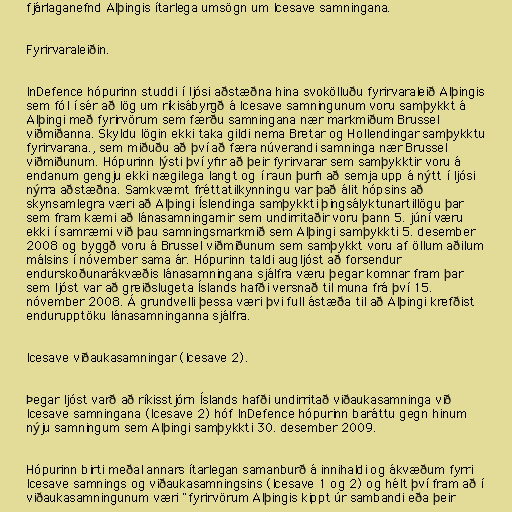
fjárlaganefnd Alþingis ítarlega umsögn um Icesave samningana.

Fyrirvaraleiðin.

InDefence hópurinn studdi í ljósi aðstæðna hina svokölluðu fyrirvaraleið Alþingis
sem fól í sér að lög um ríkisábyrgð á Icesave samningunum voru samþykkt á
Alþingi með fyrirvörum sem færðu samningana nær markmiðum Brussel
viðmiðanna. Skyldu lögin ekki taka gildi nema Bretar og Hollendingar samþykktu
fyrirvarana., sem miðuðu að því að færa núverandi samninga nær Brussel
viðmiðunum. Hópurinn lýsti því yfir að þeir fyrirvarar sem samþykktir voru á
endanum gengju ekki nægilega langt og í raun þurfi að semja upp á nýtt í ljósi
nýrra aðstæðna. Samkvæmt fréttatilkynningu var það álit hópsins að
skynsamlegra væri að Alþingi Íslendinga samþykkti þingsályktunartillögu þar
sem fram kæmi að lánasamningarnir sem undirritaðir voru þann 5. júní væru
ekki í samræmi við þau samningsmarkmið sem Alþingi samþykkti 5. desember
2008 og byggð voru á Brussel viðmiðunum sem samþykkt voru af öllum aðilum
málsins í nóvember sama ár. Hópurinn taldi augljóst að forsendur
endurskoðunarákvæðis lánasamningana sjálfra væru þegar komnar fram þar
sem ljóst var að greiðslugeta Íslands hafði versnað til muna frá því 15.
nóvember 2008. Á grundvelli þessa væri þvi full ástæða til að Alþingi krefðist
endurupptöku lánasamninganna sjálfra.

Icesave viðaukasamningar (Icesave 2).

Þegar ljóst varð að ríkisstjórn Íslands hafði undirritað viðaukasamninga við
Icesave samningana (Icesave 2) hóf InDefence hópurinn baráttu gegn hinum
nýju samningum sem Alþingi samþykkti 30. desember 2009.

Hópurinn birti meðal annars ítarlegan samanburð á innihaldi og ákvæðum fyrri
Icesave samnings og viðaukasamningsins (Icesave 1 og 2) og hélt því fram að í
viðaukasamningunum væri "fyrirvörum Alþingis kippt úr sambandi eða þeir